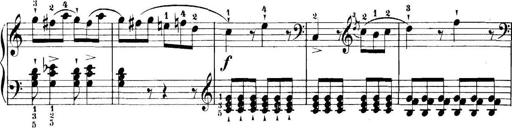
Title: 11 Sonatinas
Composer: Anton Diabelli